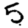
Digit: 5